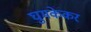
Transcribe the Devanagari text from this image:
घुमकेकर